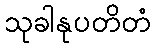
သုခါနုပတိတံ